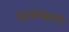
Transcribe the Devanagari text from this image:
यानामध्ये